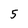
Character: 5